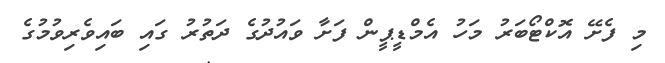
މި ފެށޭ އޮކްޓޯބަރު މަހު އެމްޑީޕީން ފަށާ ވައުދުގެ ދަތުރު ގައި ބައިވެރިވުމުގެ